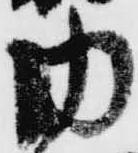
内